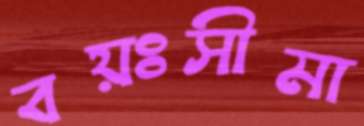
বয়ঃসীমা